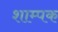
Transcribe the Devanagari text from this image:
शाम्पक